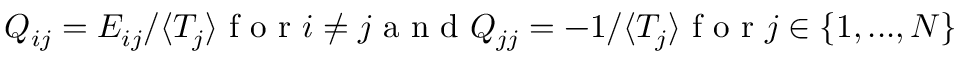
\begin{array} { r } { Q _ { i j } = E _ { i j } / \langle T _ { j } \rangle \mathrm { ~ f ~ o ~ r ~ } i \neq j \mathrm { ~ a ~ n ~ d ~ } Q _ { j j } = - 1 / \langle T _ { j } \rangle \mathrm { ~ f ~ o ~ r ~ } j \in \{ 1 , . . . , N \} } \end{array}